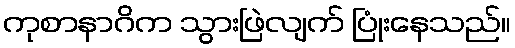
ကုစာနာဂိက သွားဖြဲလျက် ပြုံးနေသည်။